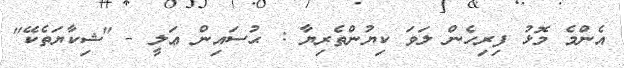
އެންމެ މޮޅު ފިރިހެން ލަވަ ކިޔުންތެރިޔާ : ޙުސައިން ޢަލީ - "ޝިކާޔަތެކޭ"